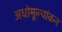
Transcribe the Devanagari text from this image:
अधोमूल्यांकन